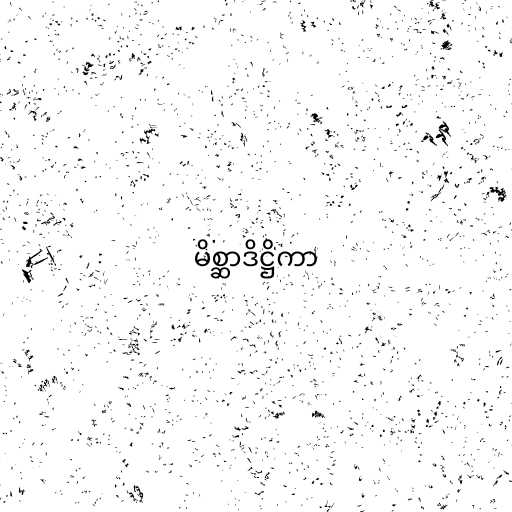
မိစ္ဆာဒိဋ္ဌိကာ